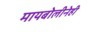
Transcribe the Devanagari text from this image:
मायबोलीनेही